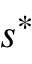
\boldsymbol { s } ^ { * }